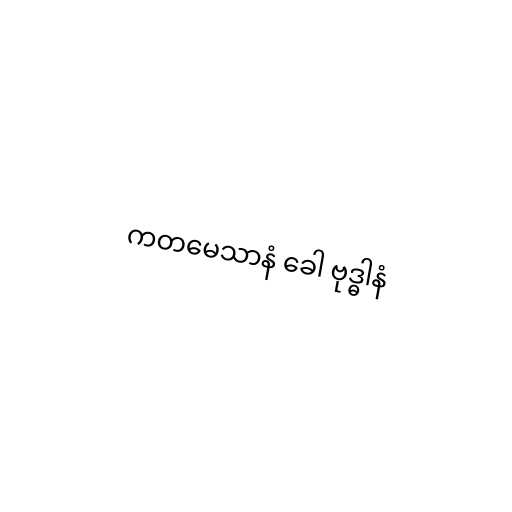
ကတမေသာနံ ခေါ ဗုဒ္ဓါနံ